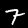
Digit: 7